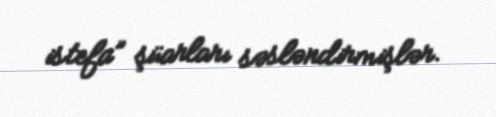
istefa” şüarları səsləndirmişlər.